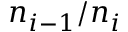
{ n _ { i - 1 } } / { n _ { i } }